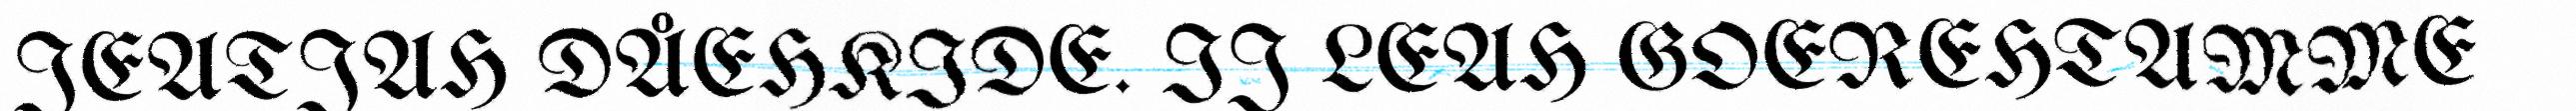
JEATJAH DÅEHKIDE. IJ LEAH GOEREHTAMME